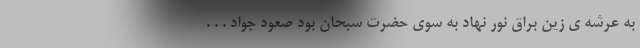
به عرشه ی زین براق نور نهاد به سوی حضرت سبحان بود صعود جواد . . .